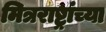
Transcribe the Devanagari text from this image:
मित्रराष्ट्रांच्या